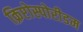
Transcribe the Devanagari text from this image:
क्रिप्टोस्पोरीडम